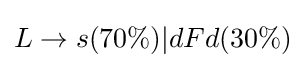
L\to s(70\%)|dFd(30\%)